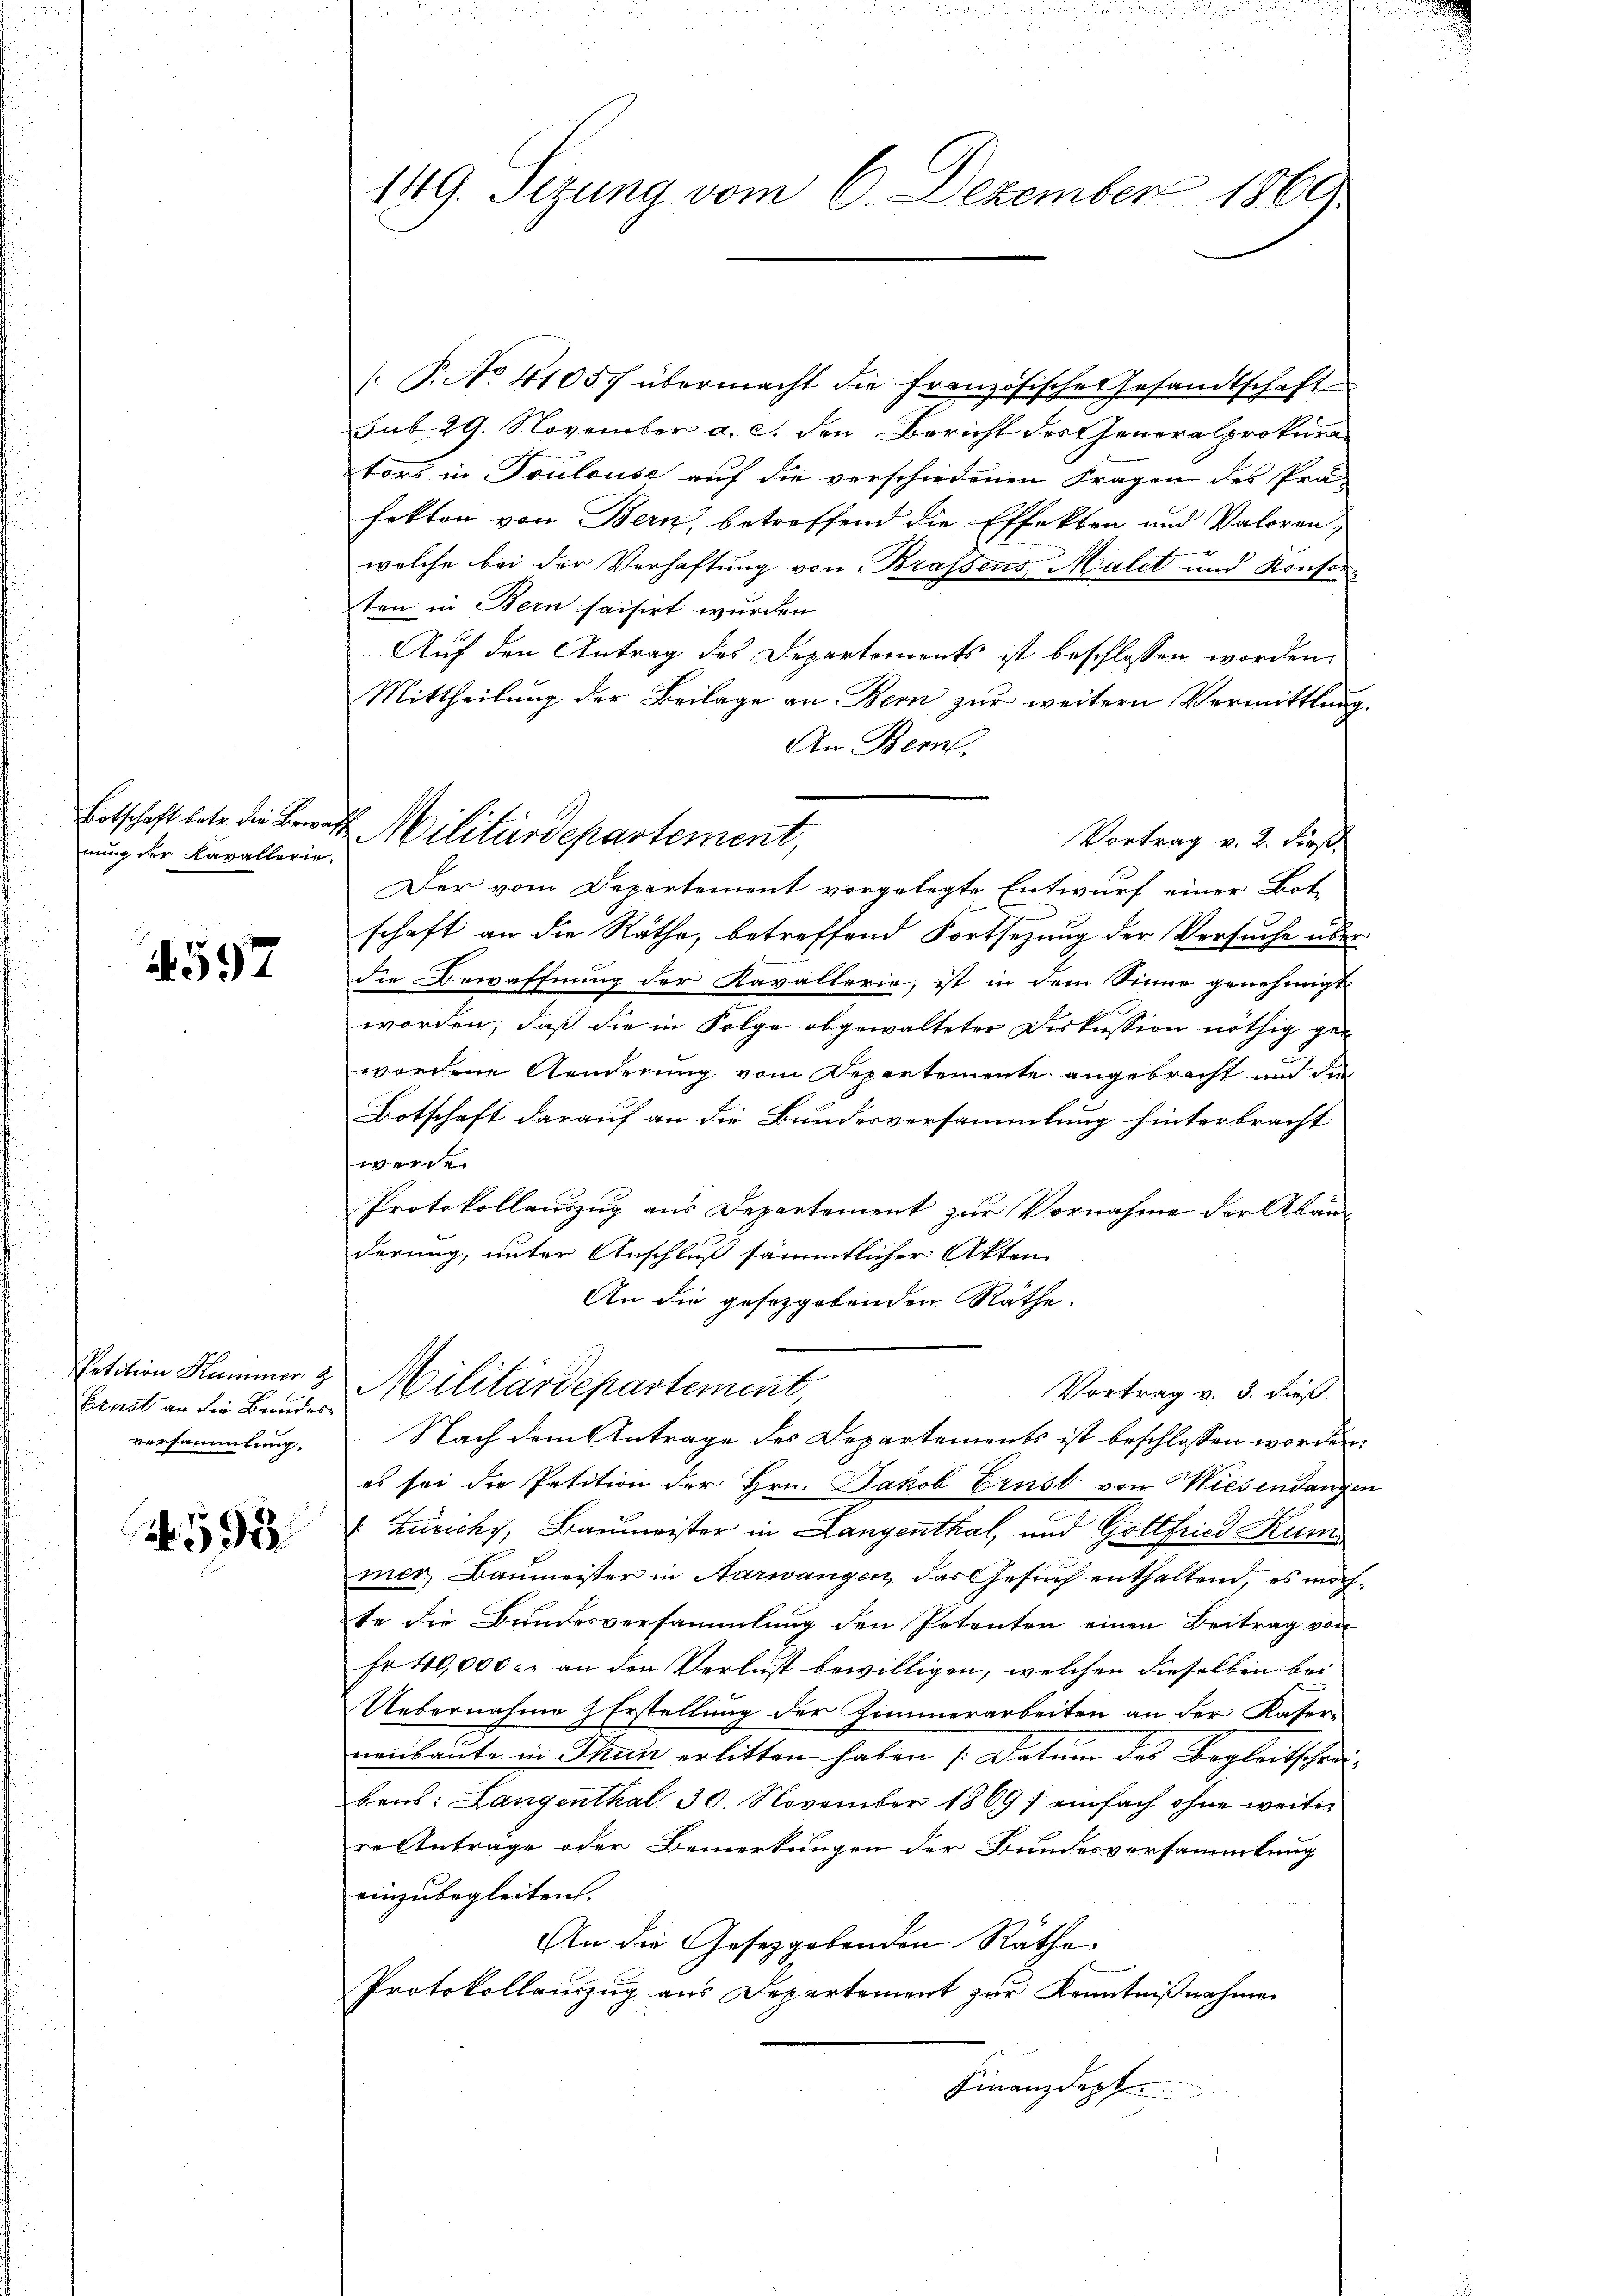
Botschaft betr. die Bewa
nung der Kavallerie

597

Petition Kummer z
Ehrist an die Bundesversammlung.

N 553.

149. Sitzung vom 6. Dezember 1869

P. No. 41057 übermacht die französische Gesandtschaft
sub 29. November a. c. den Bericht des Generalprokurators in Toulouse auf die verschiedenen Fragen des Prä-
fekton von Bern, betreffend die Effekten und Valoren,
welche bei der Verhaftung von Brassens Malet und Konferten in Bern saisirt wurden
Auf den Antrag des Departements ist beschlossen worden,
Mittheilung der Beilage an Bern zur weitern Vermittlung.
An Bern.
Der vom Departement vorgelegte Entwurf einer Botschaft an die Räthe, betreffend Fortsezung der Versuche über
die Bewaffnung der Kavallerie, ist in dem Sinne genehmigt
worden, daß die in Folge abgewalteter Diskussion nöthig gewordene Aenderung vom Repartemente angebracht und die
Botschaft darauf an die Bundesversammlung hinterbracht
e
Protokollauszug aus Departement zur Vornahme der Abänderung, unter Anschluß sämmtlicher Akten
An die gesetzgebenden Räthe.
Militärdepartement,
Vortrag v. 5. dieß.
Nach dem Antrage des Departements ist beschlossen worden.
es sei die Petition der Hrn. Jakob Ernst von Wiesendangen
Zunchs, Baumeister in Langenthal, und Gottheid Kur
mer, Baumeister in Aarwangen, das Gesuch enthaltend, es möchte die Bundesversammlung den Petenten einen Beitrag von
Fr. 40,000. an den Verlust bewilligen, welchen dieselben bei
Uebernahme & Erstellung der Zimmerarbeiten an der Kaser-
nenbaute in Thun erlitten haben (Datum des Begleitschreibens: Langenthal 30. November 1869; einfach ohne weiter
re Antrage oder Bemerkungen der Bundesversammlung
einzubegleiten.
An die Gesetzgebenden Räthe.
Protokollauszug aus Departement zur Kenntnißnahmen
Finanzdept.

4. Militärdepartement,
Vortrag v. 2. dieß